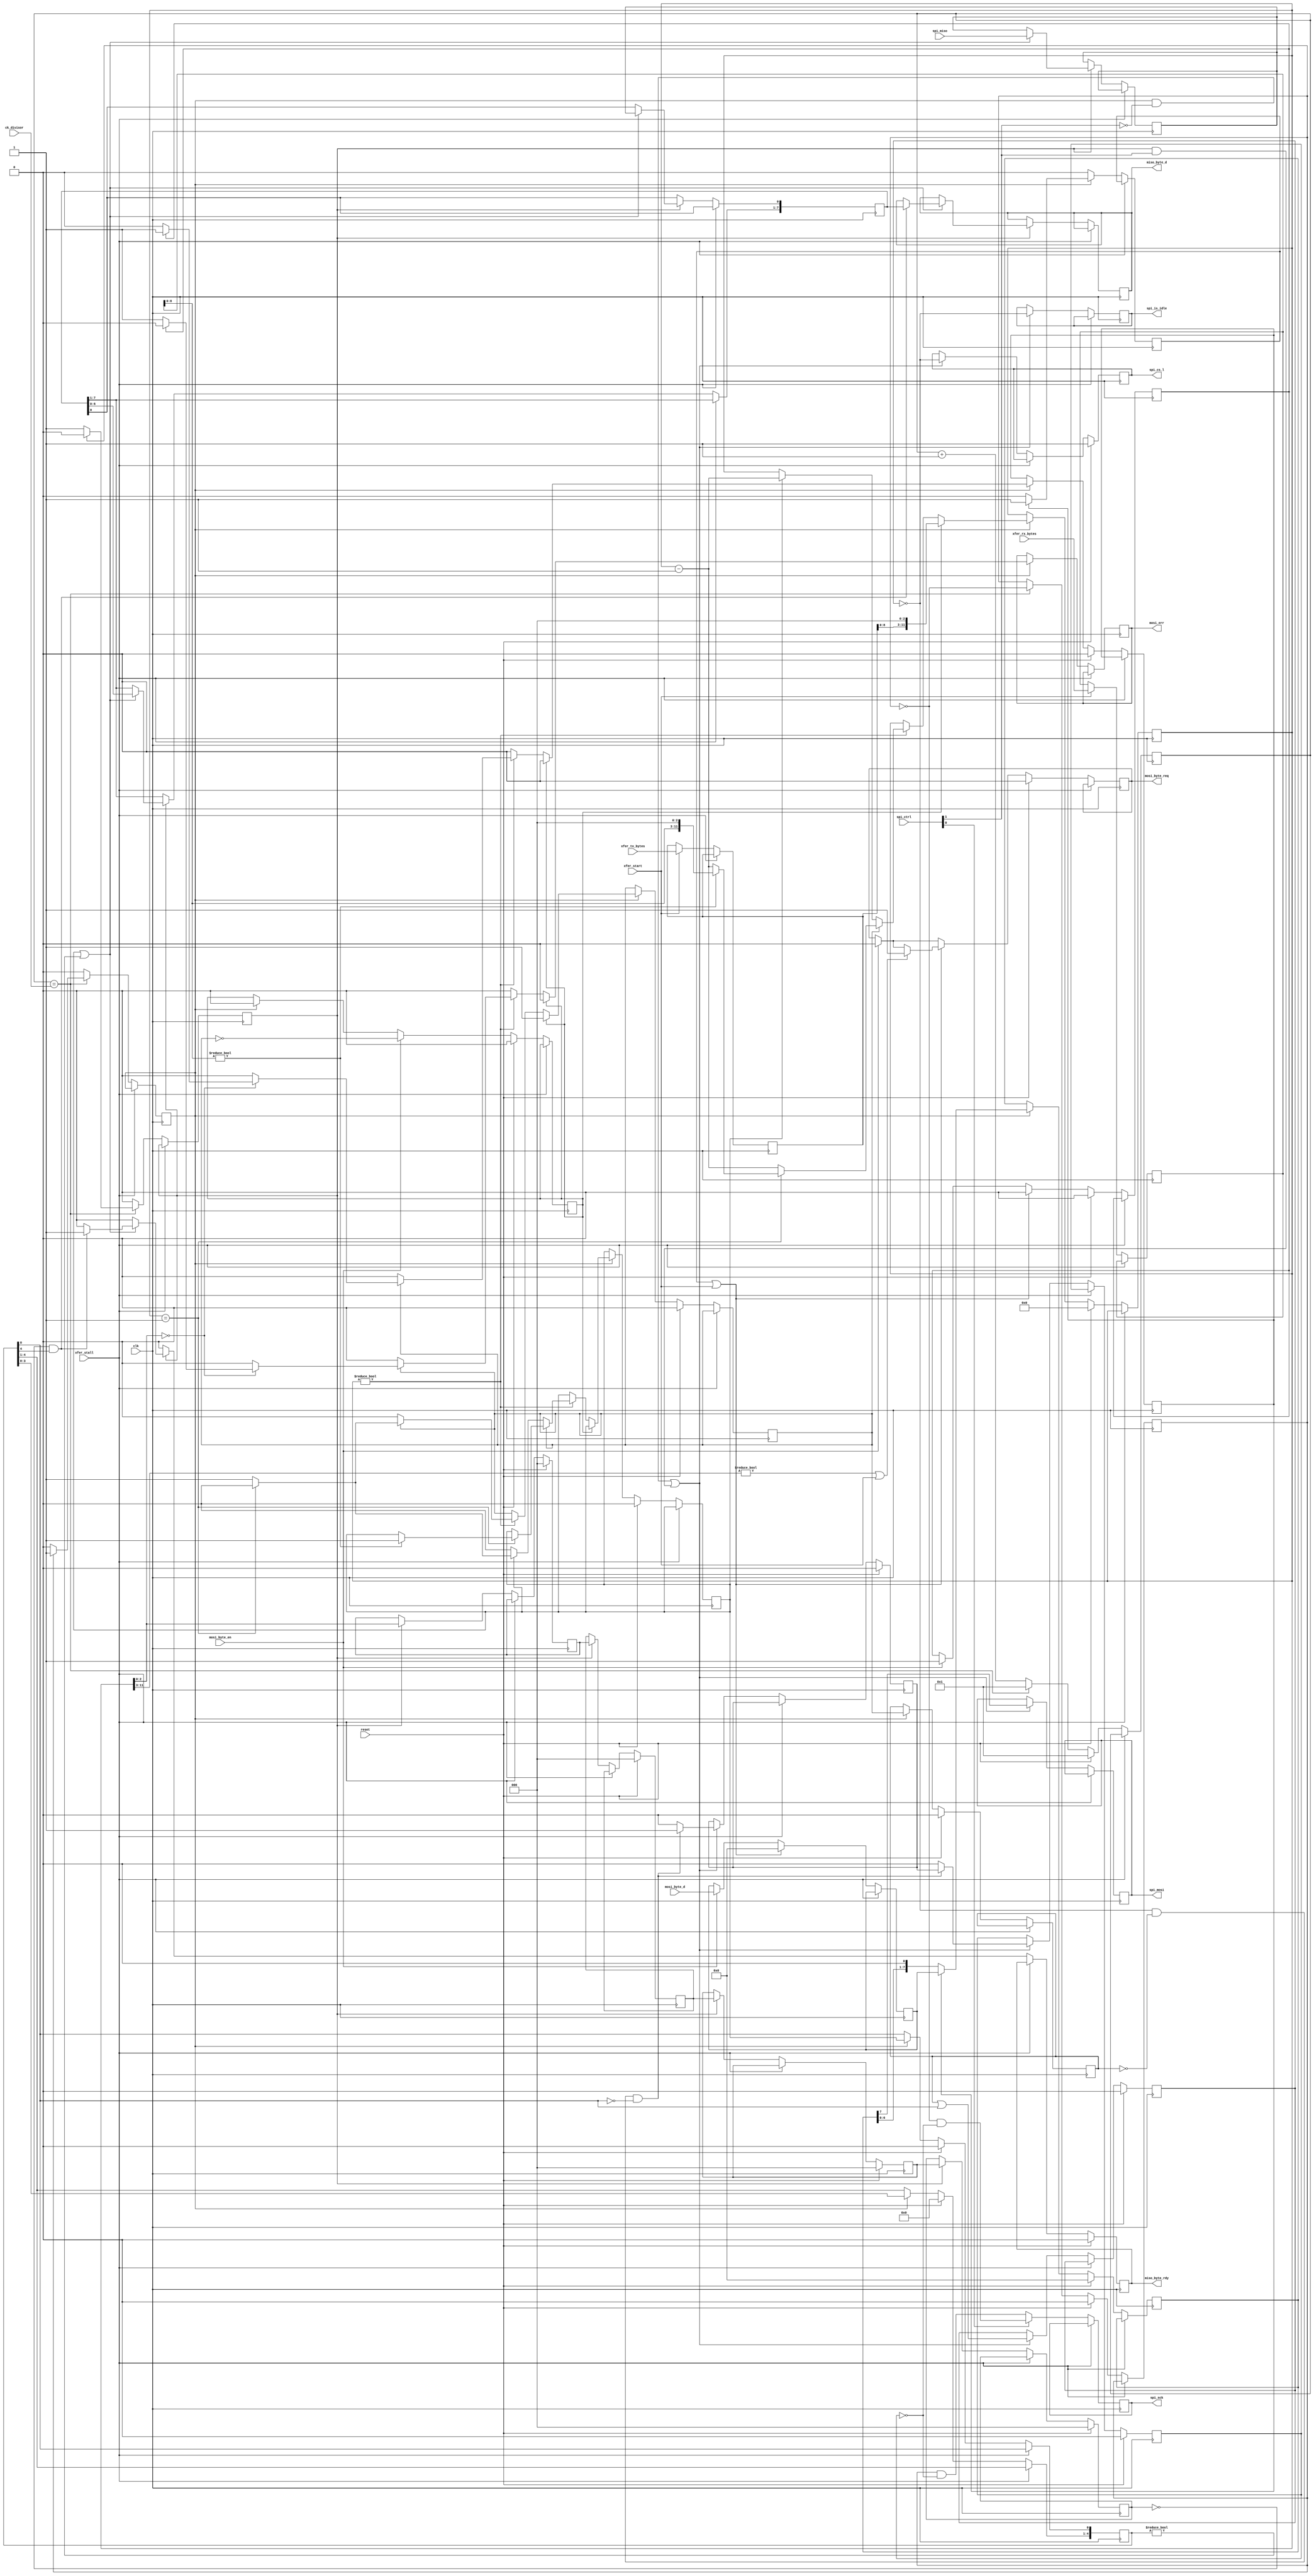
/* ****************************************************************************
-- Source file: spi_byte2bit.v
-- Date:        June 1,2014   
-- Author:      khubbard
-- Description: Simple interface to SPI that xfers Bytes to Bits.
--              Supports read stalling of MISO stream.
-- Language:    Verilog-2001
-- Simulation:  Mentor-Modelsim
-- Synthesis:   Xilinst-XST
-- License:     This project is licensed with the CERN Open Hardware Licence
--              v1.2.  You may redistribute and modify this project under the
--              terms of the CERN OHL v.1.2. (http://ohwr.org/cernohl).
--              This project is distributed WITHOUT ANY EXPRESS OR IMPLIED
--              WARRANTY, INCLUDING OF MERCHANTABILITY, SATISFACTORY QUALITY
--              AND FITNESS FOR A PARTICULAR PURPOSE. Please see the CERN OHL
--              v.1.2 for applicable Conditions.
--
--                                 spi_byte2bit     
--                                 ----------
--            clk        -------->|          |
--            xfer_start  ------->|          |
--            xfer_tx_bytes[7:0]->|          |
--            xfer_rx_bytes[7:0]->|          |
--            mosi_byte_d[7:0]--->|          |--> miso_byte_d[7:0]
--            mosi_byte_en ------>|          |--> miso_byte_rdy 
--            mosi_byte_req <-----|          |
--                                |          |
--                   spi_miso --->|          |--> spi_mosi
--                                |          |--> spi_sck 
--                                |          |--> spi_cs_l
--                                 ----------
--
-- spi_sck    _/\/\/\/\/\/\/\/\____/\/\/\/\/\/\/\/\/\/\/\/\/
-- spi_cs_l              \_________________________/
-- spi_mosi   -----------< B0 >----< B1 >------------------
-- spi_miso   --------------------------< B2 >< B3>------
--
-- xfer_start_/   \_______________________________________
-- xfer_stall___________________________________/   \_____
-- tx_bytes  -< 2 >---------------------------------------
-- rx_bytes  -< 2 >---------------------------------------
--
-- mosi_byte_en     __/  \__..._/  \_____
-- mosi_byte_d[7:0] --<B0>--...-<B1>-----
-- mosi_byte_req   ______/      \_______
--
-- miso_byte_rdy    ________________________/  \___/  \__
-- miso_byte_d[7:0] ------------------------<B2>---<B3>--
-- 
-- 
-- Note: Starving the MOSI stream is allowed. The block will gate the SPI clock
--       and wait until the MOSI byte arrives.
--
-- Note: Stalling the MISO stream is allowed. Asserting xfer_stall will gate
--       the entire block, allowing for the MISO stream to be stalled.
--
-- Revision History:
-- Ver#  When      Who      What
-- ----  --------  -------- --------------------------------------------------
-- 0.1   06.01.14  khubbard Creation
-- 0.1   06.25.14  khubbard Removed mosi_starved logic. Not worth complication
-- 0.2   01.29.16  khubbard Fixed reset issue when ck_div is 0x00 at reset.
-- ***************************************************************************/
//`default_nettype none // Strictly enforce all nets to be declared

module spi_byte2bit 
(
  input  wire         reset,
  input  wire         clk,
  input  wire [7:0]   ck_divisor,
  input  wire [3:0]   spi_ctrl,

  output reg          spi_sck,
  output wire         spi_cs_l,
  output reg          spi_mosi,
  input  wire         spi_miso,
  output reg          spi_is_idle,

  input  wire         xfer_start,
  input  wire         xfer_stall,
  input  wire [11:0]  xfer_tx_bytes,
  input  wire [11:0]  xfer_rx_bytes,

  input  wire [7:0]   mosi_byte_d,
  input  wire         mosi_byte_en,
  output wire         mosi_byte_req,
  output reg          mosi_err,

  output reg  [7:0]   miso_byte_d,
  output reg          miso_byte_rdy
);

  reg  [7:0]              ck_cnt;
  wire [7:0]              ck_div;
  reg                     ck_loc;
  reg                     ck_off_pre;
  reg                     ck_off;
  reg                     ck_en_fal;
  reg                     ck_en_ris;
  reg                     spi_cs_pre;
  reg                     spi_cs_l_loc;
  reg                     mosi_load;
  reg                     mosi_loaded;
  reg  [7:0]              mosi_sr;
  wire [7:0]              mosi_sr_loc;
  reg  [7:0]              mosi_byte_queue;
  reg                     mosi_queued_jk;
  reg                     mosi_refused;
  reg                     mosi_byte_req_loc;
  reg                     mosi_byte_en_p1;
  reg                     miso_loc;
  reg  [7:0]              miso_sr;
  reg  [11:0]             xfer_cnt;
  reg                     xfer_tx_jk;
  reg                     xfer_tx_jk_p1;
  reg                     xfer_rx_jk;
  reg  [4:0]              xfer_rx_jk_sr;
  reg                     xfer_start_jk;
  reg  [11:0]             xfer_length;
  reg  [11:0]             xfer_rx_length;
  wire [8:0]              xfer_byte;
  wire [2:0]              xfer_bit;
  reg  [2:0]              xfer_bit_p1;
  reg  [2:0]              xfer_bit_p2;
  reg  [2:0]              xfer_bit_p3;
  reg  [2:0]              xfer_bit_p4;

//assign ck_div     = 8'd10;
  assign ck_div     = ck_divisor[7:0];// Num of clocks in 1/2 spi clock period 


//-----------------------------------------------------------------------------
// Generate spi_ck. Counts 1/2 periods and toggles a bit.       
//   ck         _/ \_/ \_/ \_/ \_/ \_/ \_/
//   cnt          1   2   1   2   1   2
//   ck_loc     _/       \_______/       \_
//   ck_en_ris  _/   \___________/   \_____
//   ck_en_fal  _________/   \___________/   
//-----------------------------------------------------------------------------
always @ ( posedge clk ) begin : proc_spi_ck   
 begin
  if ( xfer_stall == 0 ) begin
    ck_en_fal     <= 0;
    ck_en_ris     <= 0;
    // Clock Divider
//  if ( ck_cnt != 8'hFF ) begin
    if ( 1 == 1 ) begin
      ck_cnt <= ck_cnt + 1;
      if ( ck_cnt == ck_div ) begin
        ck_loc <= ~ ck_loc;
        ck_cnt <= 8'h1;
        if ( ck_loc == 1 ) begin
          ck_en_fal <= 1;
        end else begin
          ck_en_ris <= 1;
        end
      end
    end
//  end else begin
//    ck_cnt <= ck_cnt[7:0];
//    ck_loc <= 0;
//  end
  
    if ( reset == 1 ) begin
      ck_cnt <= 8'd1;
      ck_loc <= 0;
    end
  end
 end
end // proc_spi_ck   


//-----------------------------------------------------------------------------
// Shift in the MISO data
//-----------------------------------------------------------------------------
always @ ( posedge clk ) begin : proc_miso_sr  
 begin
  if ( xfer_stall == 0 ) begin
// miso_byte_d   <= 8'd0;
   miso_byte_rdy <= 0;
// if ( ck_en_fal == 1 ) begin
   if ( ck_en_ris == 1 ) begin
     xfer_bit_p1 <= xfer_bit[2:0];
     xfer_bit_p2 <= xfer_bit_p1[2:0];
     xfer_bit_p3 <= xfer_bit_p2[2:0];
     xfer_bit_p4 <= xfer_bit_p3[2:0];
     if ( xfer_rx_jk == 1 || xfer_rx_jk_sr != 5'd0 ) begin
        miso_loc     <= spi_miso;
        miso_sr[0]   <= miso_loc;
        miso_sr[7:1] <= miso_sr[6:0];
        if ( xfer_bit_p4 == 3'd0 && xfer_rx_jk_sr[4] == 1 ) begin
          miso_byte_d   <= miso_sr[7:0];
          miso_byte_rdy <= 1;
        end
     end
   end 
  end 
  if ( reset == 1 ) begin
    miso_byte_rdy <= 0;
    xfer_bit_p1   <= 3'd0;
    xfer_bit_p2   <= 3'd0;
    xfer_bit_p3   <= 3'd0;
    xfer_bit_p4   <= 3'd0;
   end
 end
end // proc_miso_sr


//-----------------------------------------------------------------------------
// On rising edge of xfer_start_jk, load the number of bytes * 8bits into a 
// bit counter and start the counter. Count down to 0 then turn off xfer_tx_jk.
//   xfer_start      __/ \_________________________/ \___
//   tx_bytes     --<2>-------------------------<2>---
//   rx_bytes     --<4>-------------------------<4>---
//   mosi         -------<0><1>-----------------------
//   miso         -------------<0><1><2><3>-----------
//   xfer_tx_jk   _______/     \______________________
//   xfer_rx_jk   _____________/           \__________
//-----------------------------------------------------------------------------
always @ ( posedge clk ) begin : proc_xfer_req 
 begin
  if ( xfer_stall == 0 ) begin
   if ( xfer_start == 1 ) begin
     xfer_length <= xfer_tx_bytes[11:0];
     xfer_rx_length <= xfer_rx_bytes[11:0];
   end

   if ( ck_en_fal == 1 ) begin
     mosi_err           <= 0;
     mosi_load          <= 0; 
     xfer_tx_jk_p1      <= xfer_tx_jk;
     xfer_rx_jk_sr[0]   <= xfer_rx_jk;
     xfer_rx_jk_sr[4:1] <= xfer_rx_jk_sr[3:0];
     if ( xfer_start_jk != 0 ) begin
       xfer_cnt <= { xfer_length[8:0] , 3'b000 };
       xfer_tx_jk  <= 1;
     end else if ( xfer_cnt != 12'd0 ) begin
       if ( xfer_tx_jk == 1 ) begin
         if ( xfer_bit == 2'd0 ) begin
           if ( mosi_queued_jk == 1 ) begin
             mosi_load       <= 1; // Time for a new Byte
           end else begin
             mosi_err <= 1; // Nothing to send.
           end
         end
         xfer_cnt <= xfer_cnt - 1;
         if ( xfer_cnt == 12'd1 ) begin
           xfer_tx_jk <= 0;
           if ( xfer_rx_length[8:0] != 9'd0 ) begin
             xfer_rx_jk <= 1;
             xfer_cnt   <= { xfer_rx_length[8:0] , 3'b000 };
           end
         end
       end else if ( xfer_rx_jk == 1 ) begin
         xfer_cnt <= xfer_cnt - 1;
         if ( xfer_cnt == 12'd1 ) begin
           xfer_rx_jk <= 0;
         end
       end
     end
   end

   if ( reset == 1 ) begin
     mosi_load       <= 0;
     xfer_cnt        <= 12'd0;
     xfer_tx_jk      <= 0;
     xfer_rx_jk      <= 0;
     xfer_tx_jk_p1   <= 0;
     xfer_rx_jk_sr   <= 5'd0;
   end 
  end 
 end
end // proc_xfer_req
  assign xfer_byte[8:0] = xfer_cnt[11:3];
  assign xfer_bit[2:0]  = xfer_cnt[2:0];


//-----------------------------------------------------------------------------
// Latch the MOSI byte data and start shifting out
//-----------------------------------------------------------------------------
always @ ( posedge clk ) begin : proc_mosi_sr 
 begin
  if ( xfer_stall == 0 ) begin
   mosi_refused    <= 0;
   mosi_byte_en_p1 <= mosi_byte_en;
   if ( ck_en_fal == 1 ) begin
     xfer_start_jk <= 0;
   end 

   // When new mosi byte comes in, place in queue and drop request
   if ( mosi_byte_en == 1 ) begin
     xfer_start_jk     <= ~ xfer_tx_jk;      // A new Xfer
     mosi_byte_queue   <= mosi_byte_d[7:0];
     mosi_queued_jk    <= 1;
     mosi_byte_req_loc <= 0; 
     // Assert refused if not expecting a byte.
     if ( xfer_tx_jk == 1 ) begin
       mosi_refused  <= ~ mosi_byte_req_loc; 
     end
   end // if ( mosi_byte_en == 1 ) begin

   if ( mosi_loaded == 1 || xfer_start == 1 ) begin
     mosi_byte_queue   <= 8'd0;
     mosi_queued_jk    <= 0;
     if ( xfer_byte != 9'd0 || xfer_start == 1 ) begin
       mosi_byte_req_loc <= 1;
     end
   end 

   if ( reset == 1 ) begin
     mosi_queued_jk    <= 0;
     mosi_byte_req_loc <= 0;
     xfer_start_jk     <= 0;
   end // if ( reset == 1 ) begin
  end
 end
end // proc_mosi_sr 

  assign mosi_sr_loc[7:0] = mosi_sr[7:0];
  assign mosi_byte_req = mosi_byte_req_loc;


//-----------------------------------------------------------------------------
// Either Latch a new MOSI byte or shift existing byte 
//-----------------------------------------------------------------------------
always @ ( posedge clk ) begin : proc_mosi_shift
 begin
  if ( xfer_stall == 0 ) begin
   mosi_loaded <= 0;
   if ( ck_en_fal == 1 ) begin
     if ( mosi_load == 1 ) begin
       mosi_sr     <= mosi_byte_queue[7:0];  
       mosi_loaded <= 1;
     end else begin
       mosi_sr <= { mosi_sr[6:0], 1'd0 }; // Shift the Byte Out
     end
   end // if ( ck_en_fal == 1 ) begin
   if ( reset == 1 ) begin
     mosi_sr <= 8'd0;
   end 
  end 
 end
end // proc mosi_shift


//-----------------------------------------------------------------------------
// SPI Master Output : The serial bits.
//-----------------------------------------------------------------------------
always @ ( posedge clk ) begin : proc_mosi_out
 begin
  if ( xfer_stall == 0 ) begin
   if ( spi_ctrl[0] == 0 ) begin
     spi_sck     <= ck_loc & ~ ck_off;
   end else begin
     spi_sck     <= ~ ck_loc & ~ ck_off;
   end
                             
//  if ( ck_en_fal == 1 ) begin
    if ( ( ck_en_fal == 1 && spi_ctrl[1] == 0 ) ||
         ( ck_en_ris == 1 && spi_ctrl[1] == 1 )    ) begin
      ck_off       <= ck_off_pre;
      spi_cs_pre   <= xfer_tx_jk_p1 | xfer_rx_jk_sr[0];
      spi_cs_l_loc <= ~ spi_cs_pre;
      spi_is_idle  <= ~ spi_cs_pre;
      spi_mosi     <= mosi_sr_loc[7];
      if ( spi_cs_pre == 0 && 
           xfer_tx_jk_p1 == 0 && 
           xfer_rx_jk_sr[0] == 0 ) begin 
        ck_off_pre <= 1;
      end else begin
        ck_off_pre <= 0;
        ck_off     <= 0;
      end
    end
  end // if ( xfer_stall == 0 ) begin
  if ( reset == 1 ) begin
    ck_off_pre   <= 0;
    ck_off       <= 0;
    spi_cs_pre   <= 0;
    spi_cs_l_loc <= 1;
  end
 end
end // proc_mosi_out
  assign spi_cs_l = spi_cs_l_loc;


endmodule // spi_byte2bit